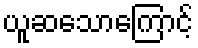
ယူဆသောကြောင့်